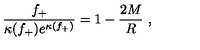
\frac { f _ { + } } { \kappa ( f _ { + } ) e ^ { \kappa ( f _ { + } ) } } = 1 - \frac { 2 M } { R } \ ,